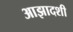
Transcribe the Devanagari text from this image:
आझादशी